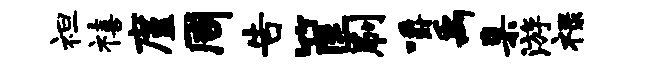
袒禧廑周告筐刷嚼禹臬游禄